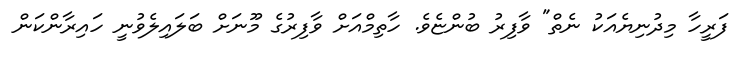
ފަރީހާ މިދުނިޔެއަކު ނެތް" ވާފިރު ބުންޏެވެ. ހާތިމްއަށް ވާފިރުގެ މޫނަށް ބަލައިލެވުނީ ހައިރާންކަން